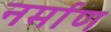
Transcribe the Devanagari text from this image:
नर्माण